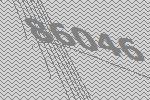
86046